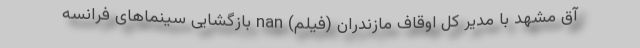
آق مشهد با مدیر کل اوقاف مازندران (فیلم) nan بازگشایی سینماهای فرانسه